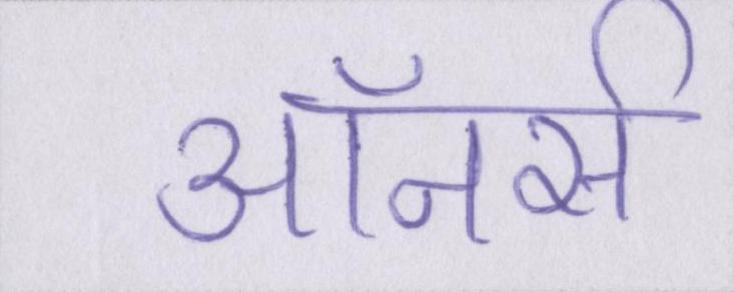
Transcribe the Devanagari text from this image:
ऑनर्स